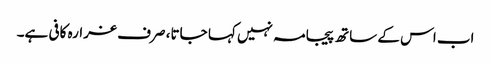
اب اس کے ساتھ پیجامہ نہیں کہا جاتا، صرف غرارہ کافی ہے۔